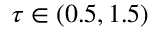
\tau \in ( 0 . 5 , 1 . 5 )